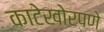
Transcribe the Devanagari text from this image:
काटेखोरपणे